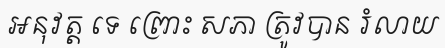
អនុវត្ត ទេ ព្រោះ សភា ត្រូវបាន រំលាយ